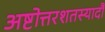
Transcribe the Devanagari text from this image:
अष्टोत्तरशतस्यादौ